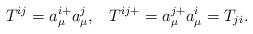
\begin{align*}T^{ij}=a^{i+}_\mu a^j_\mu,\;\;\;T^{ij+}=a^{j+}_\mu a^{i}_\mu=T_{ji}.\end{align*}